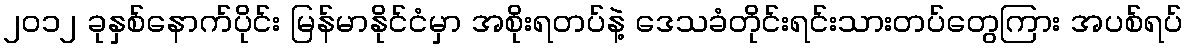
၂၀၁၂ ခုနှစ်နောက်ပိုင်း မြန်မာနိုင်ငံမှာ အစိုးရတပ်နဲ့ ဒေသခံတိုင်းရင်းသားတပ်တွေကြား အပစ်ရပ်